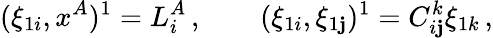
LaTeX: (\xi_{1i},x^{A})^{1}=L_{i}^{A}\, ,\qquad(\xi_{1i},\xi_{1\mathbf{j}})^{1}=C_{i\mathbf{j}}^{k}\xi_{1k}\, ,